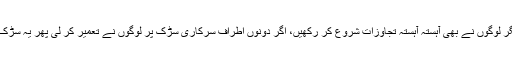
اس کو دیکھ کر دیگر لوگوں نے بھی آہستہ آہستہ تجاوزات شروع کر رکھیں، اگر دونوں اطراف سرکاری سڑک پر لوگوں نے تعمیر کر لی پھر یہ سڑک گلی بن جائے گی۔